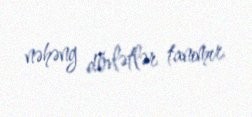
nəhəng dövlətlər tanımır.